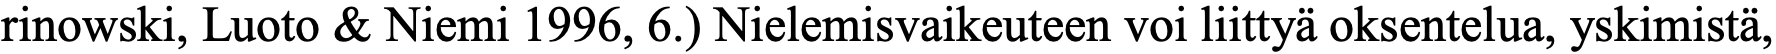
rinowski, Luoto & Niemi 1996, 6.) Nielemisvaikeuteen voi liittyä oksentelua, yskimistä,